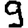
Digit: 9